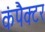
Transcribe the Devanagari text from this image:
कंपैक्टर